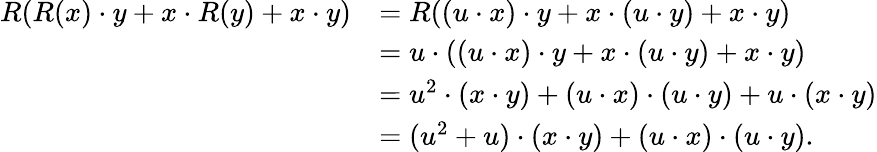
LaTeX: \begin{array}{rl}{R(R(x)\cdot y+x\cdot R(y)+x\cdot y)}&{=R((u\cdot x)\cdot y+x\cdot(u\cdot y)+x\cdot y)}\\ &{=u\cdot((u\cdot x)\cdot y+x\cdot(u\cdot y)+x\cdot y)}\\ &{=u^{2}\cdot(x\cdot y)+(u\cdot x)\cdot(u\cdot y)+u\cdot(x\cdot y)}\\ &{=(u^{2}+u)\cdot(x\cdot y)+(u\cdot x)\cdot(u\cdot y).}\end{array}